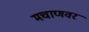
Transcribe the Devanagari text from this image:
मचाणवर